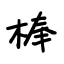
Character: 棒